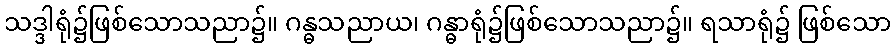
သဒ္ဒါရုံ၌ဖြစ်သောသညာ၌။ ဂန္ဓသညာယ၊ ဂန္ဓာရုံ၌ဖြစ်သောသညာ၌။ ရသာရုံ၌ ဖြစ်သော